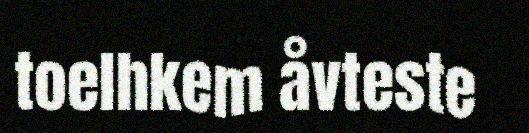
toelhkem åvteste